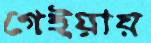
গেইয়ায়